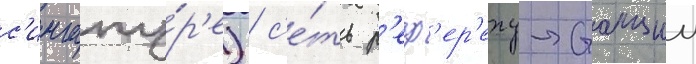
с'ингапу́р'е) / с'е́ть р'еф'ер'енц-станции